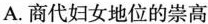
A.商代妇女地位的崇高